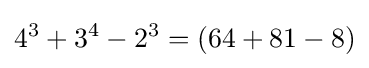
4^{3}+3^{4}-2^{3}=(64+81-8)